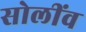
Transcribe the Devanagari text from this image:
सोलींव